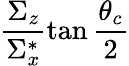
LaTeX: \frac{\Sigma_{z}}{\Sigma_{x}^{*}}\tan\frac{\theta_{c}}{2}